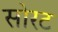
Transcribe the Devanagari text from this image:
सोरट